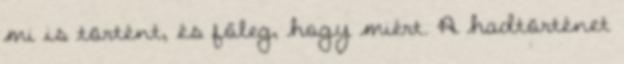
mi is történt, és főleg, hogy miért. A hadtörténet